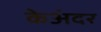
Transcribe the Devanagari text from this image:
केअंदर